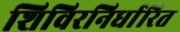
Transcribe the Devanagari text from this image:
शिविरनिर्धारित